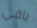
باقي